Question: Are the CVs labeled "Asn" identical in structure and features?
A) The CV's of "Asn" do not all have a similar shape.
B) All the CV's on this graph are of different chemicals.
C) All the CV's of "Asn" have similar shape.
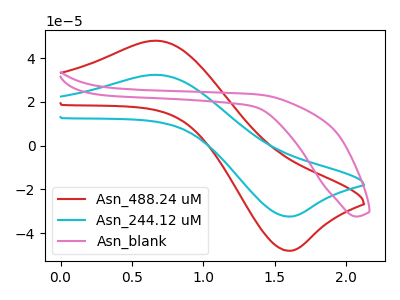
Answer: <think>The red curve "Asn_488.24 uM" has an anodic peak at (0.65V, 47.95uA) and a cathodic peak at (1.60V, -48.00uA). The cyan curve "Asn_244.12 uM" has an anodic peak at (0.65V, 32.35uA) and a cathodic peak at (1.60V, -32.40uA). The pink curve "Asn_blank" has no peaks.
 All the peaks in "Asn_488.24 uM" have a peak in "Asn_244.12 uM" at the same potential. Every peak in "Asn_488.24 uM" is higher than every peak in "Asn_244.12 uM". "Asn_488.24 uM" and "Asn_blank" have a different number of peaks. "Asn_244.12 uM" and "Asn_blank" have a different number of peaks.</think>
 <answer>C) All the CV's of "Asn" have similar shape.</answer>
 <eval>C</eval>